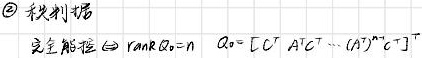
\textcircled{2} 齐次性播完全能控 $\Leftrightarrow \text{rank}Q_{0}=n\ \ Q_{0}=[C^{\top}\ A^{\top}C^{\top}\cdots(A^{\top})^{n - 1}C^{\top}]$